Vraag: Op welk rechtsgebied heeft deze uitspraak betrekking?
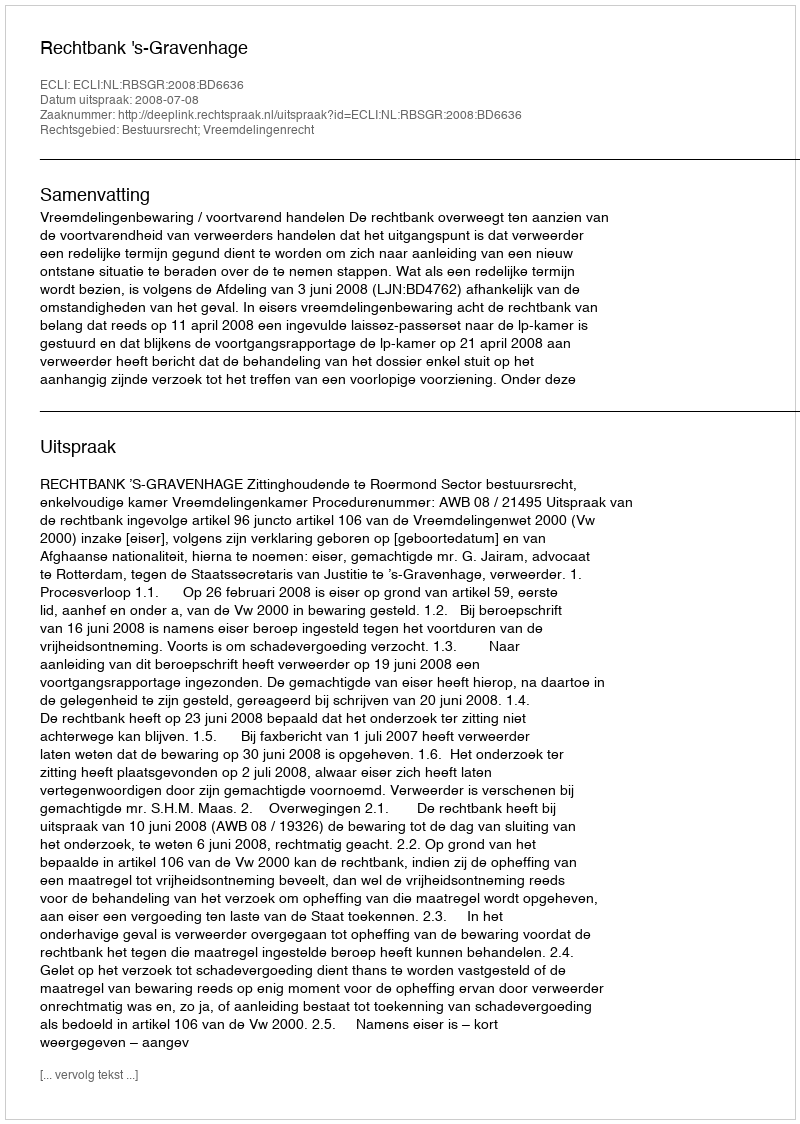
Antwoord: Bestuursrecht; Vreemdelingenrecht